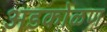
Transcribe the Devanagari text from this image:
अडकोळण